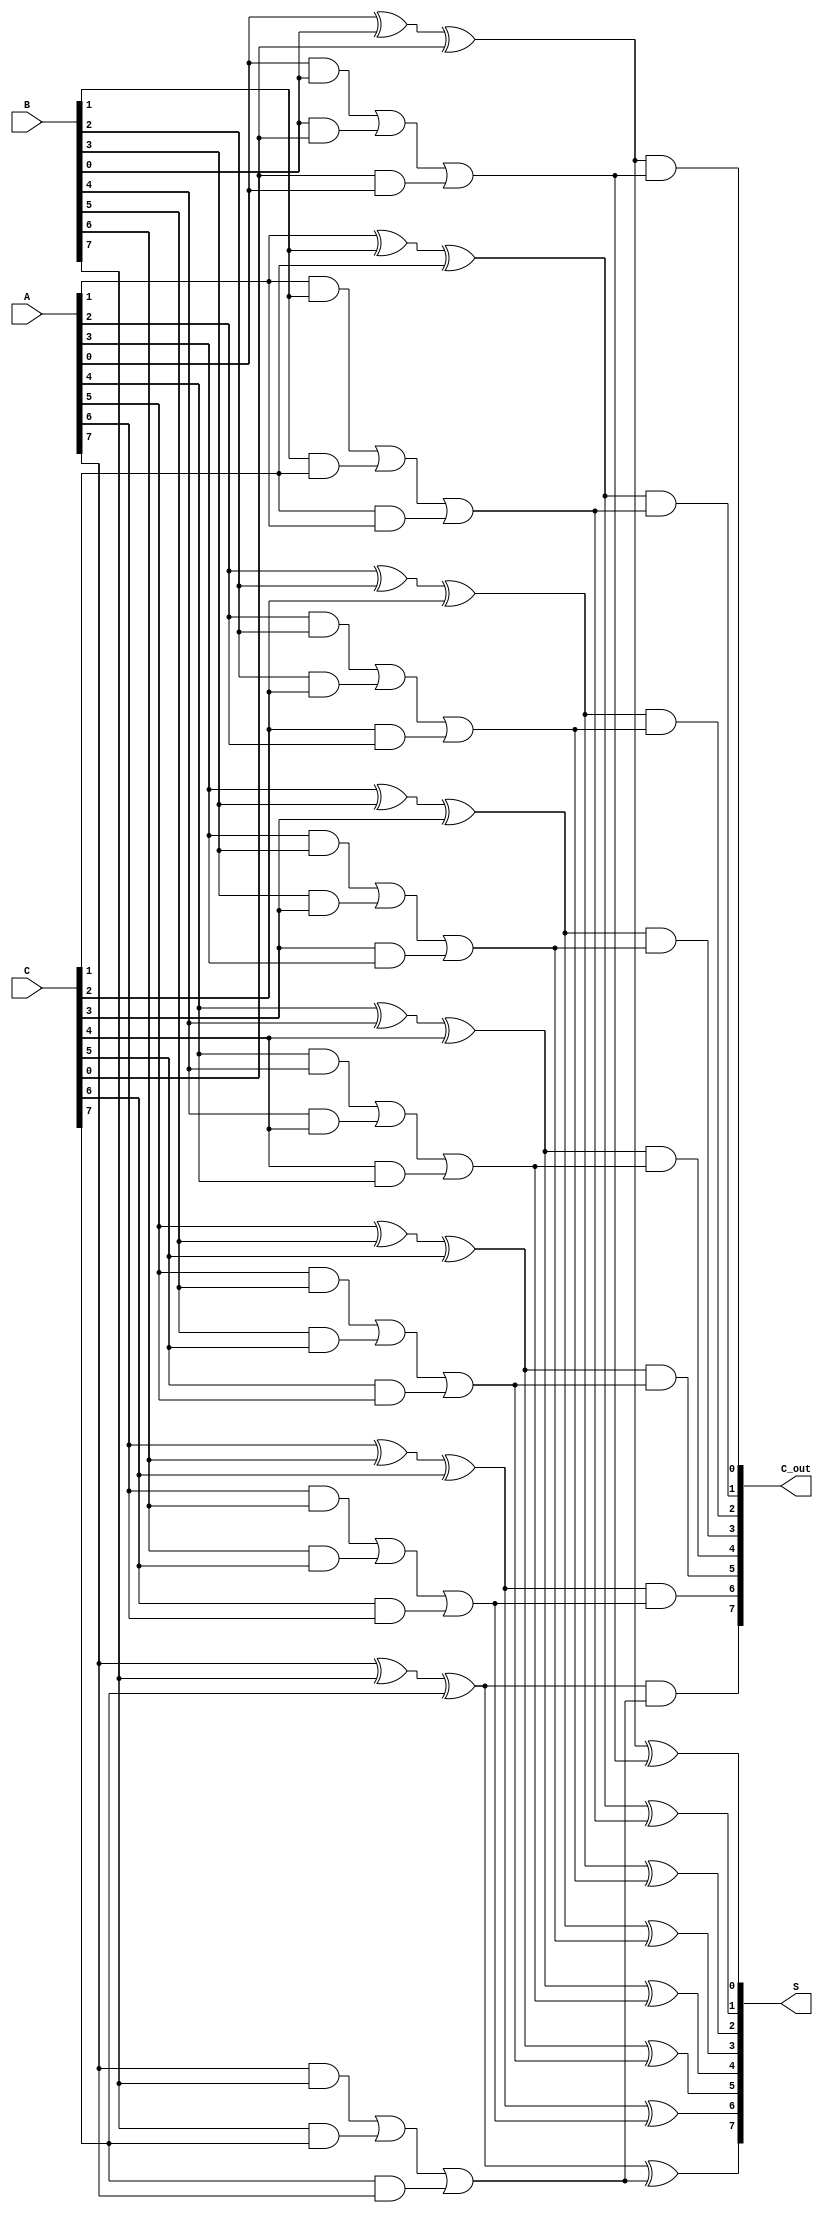
module carry_save_adder #(parameter N = 8) (
    input  wire [N-1:0] A,  // First input operand
    input  wire [N-1:0] B,  // Second input operand
    input  wire [N-1:0] C,  // Third input operand
    output wire [N-1:0] S,   // Sum output
    output wire [N-1:0] C_out // Carry output
);

// Intermediate sum and carry wires
wire [N-1:0] sum1, sum2;
wire [N-1:0] carry1, carry2;

// Stage 1: Compute partial sums and carries
generate
    genvar i;
    for (i = 0; i < N; i = i + 1) begin: stage1
        assign sum1[i] = A[i] ^ B[i] ^ C[i];         // Sum bits
        assign carry1[i] = (A[i] & B[i]) | (B[i] & C[i]) | (C[i] & A[i]); // Carry bits
    end
endgenerate

// Stage 2: Combine the intermediate sums and carries
wire [N-1:0] final_sum, final_carry;

generate
    for (i = 0; i < N; i = i + 1) begin: stage2
        assign final_sum[i] = sum1[i] ^ carry1[i]; // Sum bits from stage 1
        assign final_carry[i] = (sum1[i] & carry1[i]); // Carry bits from stage 1
    end
endgenerate

// Final carry propagation (simple case of adding the carry)
assign S = final_sum;
assign C_out = final_carry;

endmodule